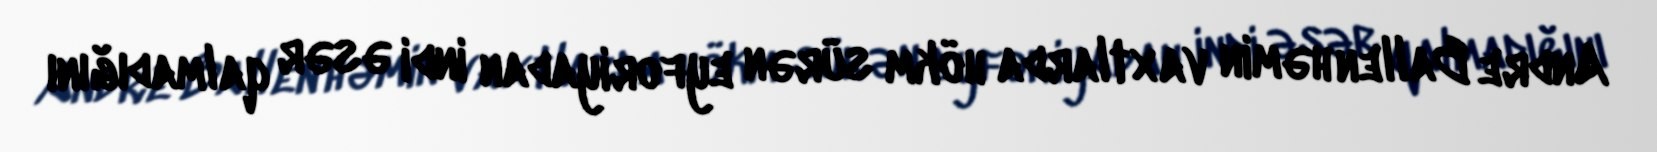
Andre Ballen həmin vaxtlarda hökm sürən eyforiyadan indi əsər qalmadığını